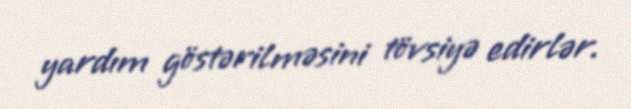
yardım göstərilməsini tövsiyə edirlər.